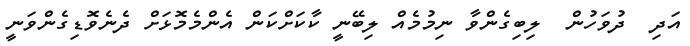
އަދި  ދުވަހުން  ލިބިގެންވާ ނިމުމެއް ލިބޭނީ ކާކަށްކަން އެންމެމޮޅަށް ދެނެވޮޑިގެންވަނީ